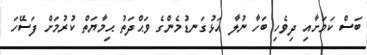
ބަސް ކަމަށާއި ދިވެހި ބަހާ ނުލާ އަޅުގަނޑުމެންގެ ވަޙްދަތު ޙިމާޔަތް ކުރުމަށް ފަސޭހަ